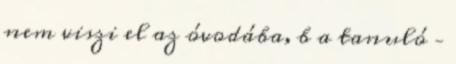
nem viszi el az óvodába, b a tanuló –